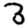
Digit: 3